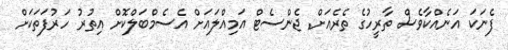
ފެނަކަ އަނެއްކާވެސް ތާރީހުގެ ތެރެއަށް